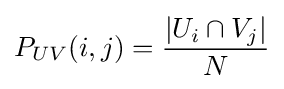
P_{UV}(i,j)={\frac {|U_{i}\cap V_{j}|}{N}}